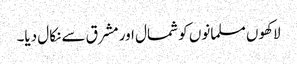
لاکھوں مسلمانوں کو شمال اور مشرق سے نکال دیا۔